Vaccine operations Central Provinces 1868-1885 - 1868-1885
Year: 1868
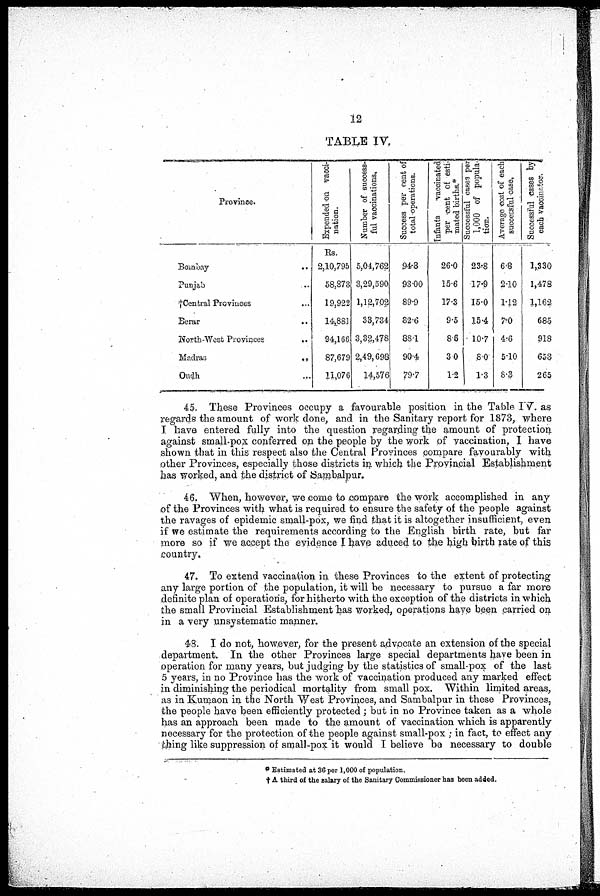
12
TABLE IV.
Province.
Bombay ..
Punjab ..
†Central Provinces ...
Berar ..
North-West Provinces ..
Madras
..
Oudh ...
Expended on vacci-
nation.
Rs.
2,10,795
58,873
19,922
14,881
94,166
87,679
11,076
Number of success-
ful vaccinations.
5,04,762
3,29,590
1,12,702
33,734
3,32,478
2,49,698
14,576
Success per cent of
total operations.
94.8
93.00
89.9
82.6
88.1
90.4
79.7
Infants
vaccinated
per cent of esti-
mated births.*
26.0
15.6
17.3
9.5
8.6
3.0
1.2
Successful cases per
1,000 of popula-
tion.
23.8
17.9
15.0
15.4
10.7
8.0
1.3
Average cost of each
successful case.
6.8
2.10
1.12
7.0
4.6
5.10
8.3
Successful cases by
each vaccinator.
1,330
1,478
1,162
685
918
653
265
45. These Provinces occupy a favourable position in the Table IV. as
regards the amount of work done, and in the Sanitary report for 1873, where
I have entered fully into the question regarding the amount of protection
against small-pox conferred on the people by the work of vaccination, I have
shown that in this respect also the Central Provinces compare favourably with
other Provinces, especially those districts in which the Provincial Establishment
has worked, and the district of Sambalpur.
46. When, however, we come to compare the work accomplished in any
of the Provinces with what is required to ensure the safety of the people against
the ravages of epidemic small-pox, we find that it is altogether insufficient, even
if we estimate the requirements according to the English birth rate, but far
more so if we accept the evidence I have aduced to the high birth rate of this
country.
47. To extend vaccination in these Provinces to the extent of protecting
any large portion of the population, it will be necessary to pursue a far more
definite plan of operations, for hitherto with the exception of the districts in which
the small Provincial Establishment has worked, operations have been carried on
in a very unsystematic manner.
48. I do not, however, for the present advocate an extension of the special
department. In the other Provinces large special departments have been in
operation for many years, but judging by the statistics of small-pox of the last
5 years, in no Province has the work of vaccination produced any marked effect
in diminishing the periodical mortality from small pox. Within limited areas,
as in Kumaon in the North West Provinces, and Sambalpur in these Provinces,
the people have been efficiently protected; but in no Province taken as a whole
has an approach been made to the amount of vaccination which is apparently
necessary for the protection of the people against small-pox ; in fact, to effect any
thing like suppression of small-pox it would I believe be necessary to double
* Estimated at 36 per 1,000 of population.
† A third of the salary of the Sanitary Commissioner has been added.